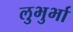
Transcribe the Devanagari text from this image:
लुभुर्भा